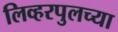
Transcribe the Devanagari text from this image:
लिव्हरपुलच्या